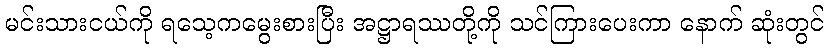
မင်းသားငယ်ကို ရသေ့ကမွေးစားပြီး အဋ္ဌာရဿတို့ကို သင်ကြားပေးကာ နောက် ဆုံးတွင်